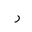
Letter: _ra